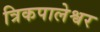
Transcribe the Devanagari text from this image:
त्रिकपालेश्वर